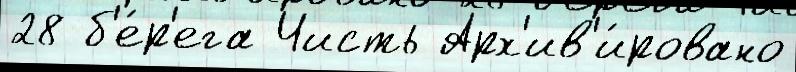
28 б'е́р'ега Чисть Арх'ив'и́ровано